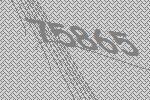
75865